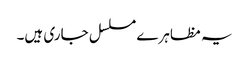
یہ مظاہرے مسلسل جاری ہیں۔